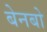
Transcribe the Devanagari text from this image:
बेनबो